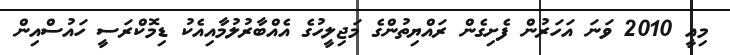
މިއީ 2010 ވަނަ އަހަރުން ފެށިގެން ރައްޔިތުންގެ މަޖިލީހުގެ އެއްބާރުލުމާއިއެކު ޑިމޮކްރަސީ ހައުސްއިން